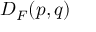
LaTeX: D _ { F } ( p , q )